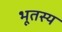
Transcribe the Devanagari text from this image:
भूतस्य